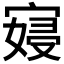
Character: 𫳮